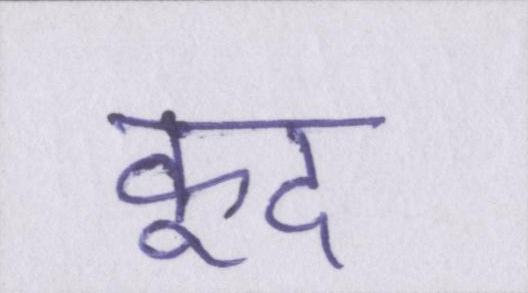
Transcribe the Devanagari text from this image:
कूद